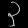
Digit: ၃